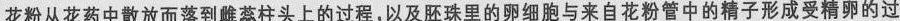
花粉从花药中散放而落到雌蕊柱头上的过程，以及胚珠里的卵细胞与来自花粉管中的精子形成受精卵的过